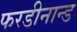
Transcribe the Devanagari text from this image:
फरडीनान्ड